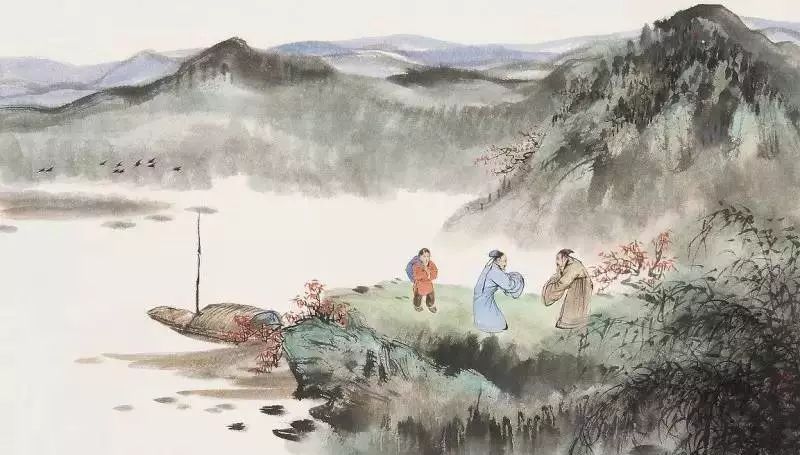
人生如逆旅，我亦是行人。